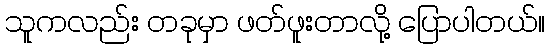
သူကလည်း တခုမှာ ဖတ်ဖူးတာလို့ ပြောပါတယ်။